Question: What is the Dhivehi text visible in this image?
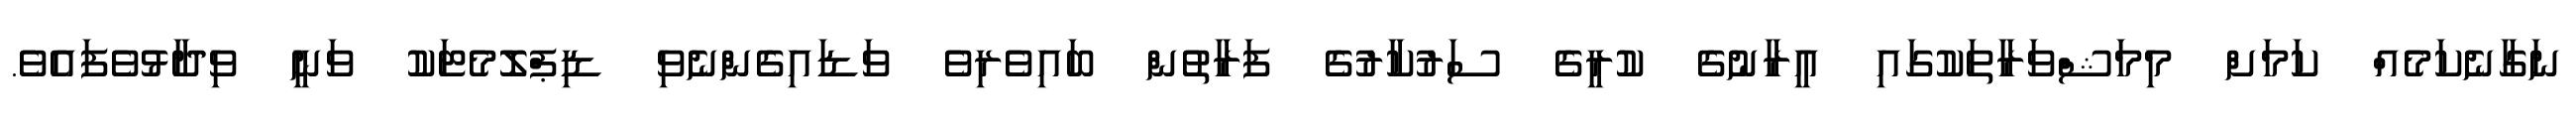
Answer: ނަގާނެކަމެއް ކަމަށް މިމަޝްވަރާތަކުގައި އީރާނުގެ ކުރީގެ ސަރުކާރުގެ ފަރާތުން ބައިވެރިވެ ވަޑައިގެންނެވި ޑިޕްލޮމެޓަކު ވަނީ ވިދާޅުވެފައެވެ.